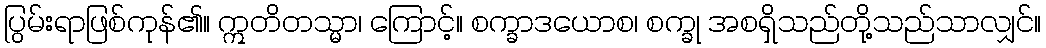
ပြွမ်းရာဖြစ်ကုန်၏။ ဣတိတသ္မာ၊ ကြောင့်။ စက္ခာဒယောစ၊ စက္ခု အစရှိသည်တို့သည်သာလျှင်။